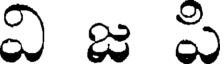
వి జ పి